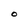
Character: O